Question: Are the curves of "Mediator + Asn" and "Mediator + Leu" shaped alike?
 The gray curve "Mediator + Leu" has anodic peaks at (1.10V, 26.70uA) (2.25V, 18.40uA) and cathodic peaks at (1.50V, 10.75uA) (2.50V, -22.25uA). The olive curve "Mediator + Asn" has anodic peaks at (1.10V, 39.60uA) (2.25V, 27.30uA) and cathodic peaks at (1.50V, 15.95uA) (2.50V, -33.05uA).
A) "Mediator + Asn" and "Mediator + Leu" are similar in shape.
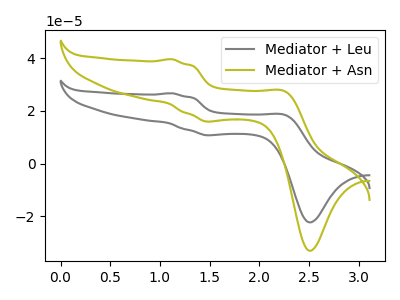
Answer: <think>All the peaks in "Mediator + Asn" have a peak in "Mediator + Leu" at the same potential.
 </think>
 <answer>A) "Mediator + Asn" and "Mediator + Leu" are similar in shape.</answer>
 <eval>A</eval>